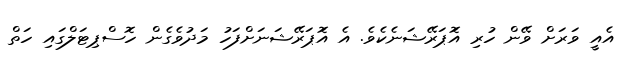
އެއީ ވަރަށް ވޭން ހުރި އޮަޕަރޭޝަނެކެވެ. އެ އޮަޕަރޭޝަނަށްފަހު މަދުވެގެން ހޮސްޕިޓަލްގައި ހަތް